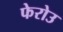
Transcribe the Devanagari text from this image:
फेरोउ